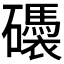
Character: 𥗗